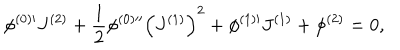
\phi ^ { ( 0 ) \prime } J ^ { ( 2 ) } + \frac { 1 } { 2 } \phi ^ { ( 0 ) \prime \prime } \left( J ^ { ( 1 ) } \right) ^ { 2 } + \phi ^ { ( 1 ) \prime } J ^ { ( 1 ) } + \phi ^ { ( 2 ) } = 0 , \,